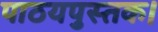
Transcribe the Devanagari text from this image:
पाठयपुस्तक।